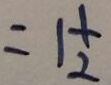
= 1 \frac { 1 } { 2 }